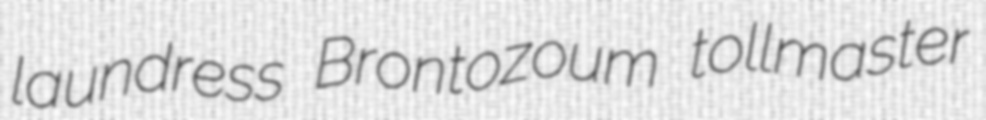
laundress Brontozoum tollmaster